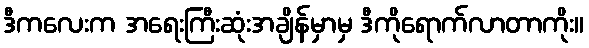
ဒီကလေးက အရေးကြီးဆုံးအချိန်မှာမှ ဒီကိုရောက်လာတာကိုး။